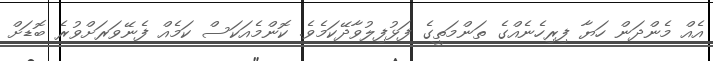
އެއް މެންދަން ހަޔާ ފިރިހެނެއްގެ ތަންމަތީގެ ފަޅުފިލުވާދޭކަމެވެ. ކޮންމެއަކަސް ކަމެއް ފެނޭވަރަށްވުރެ ބޮޑަށް